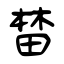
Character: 榃